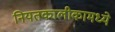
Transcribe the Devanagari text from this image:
नियतकालीकामध्ये